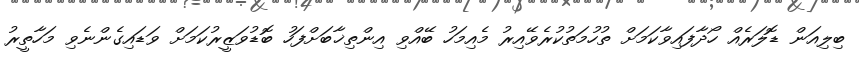
ބިލިއަން ޑޮލަރެއް ހޯދާފައިވާކަމަށް ތުހުމަތުކުރެވޭއިރު މެއިމަހު ބޭއްވި އިންތިޚާބަށްފަހު ބޮޑުވަޒީރުކަމަށް ވަޑައިގެންނެވި މަހާތީރު